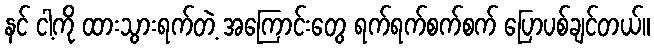
နင် ငါ့ကို ထားသွားရက်တဲ့ အကြောင်းတွေ ရက်ရက်စက်စက် ပြောပစ်ချင်တယ်။